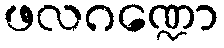
ဖလဂဏ္ဍော